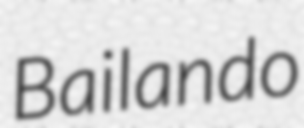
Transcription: Bailando